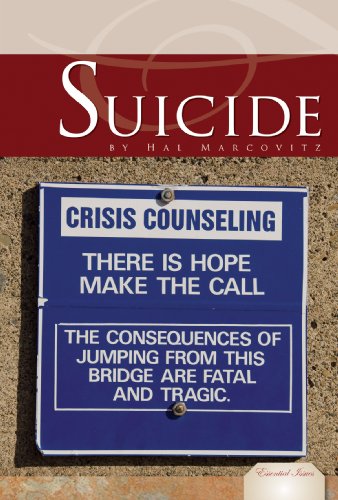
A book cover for Suicide (Essential Issues); Hal Marcovitz; Teen & Young Adult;